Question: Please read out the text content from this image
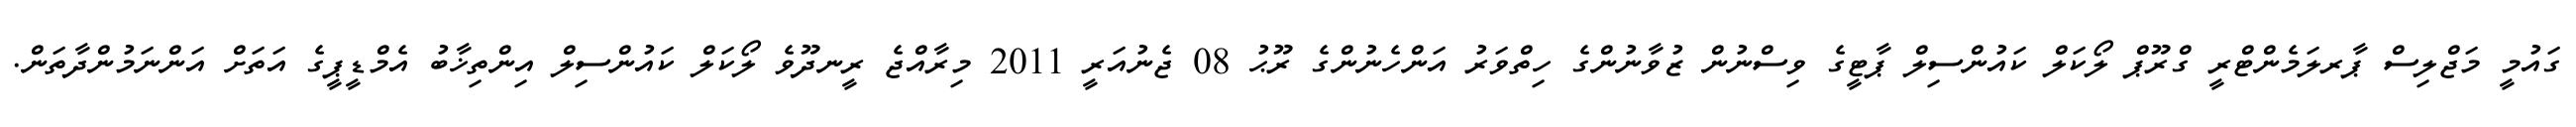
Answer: ގައުމީ މަޖްލިސް ޕާރލަމެންޓްރީ ގްރޫޕް ލޯކަލް ކައުންސިލް ޕާޓީގެ ވިސްނުން ޒުވާނުންގެ ހިތްވަރު އަންހެނުންގެ ރޫޙު 08 ޖެނުއަރީ 2011 މިރާއްޖެ ރީނދޫވެ ލޯކަލް ކައުންސިލް އިންތިޚާބު އެމްޑީޕީގެ އަތަށް އަންނަމުންދާތަން.